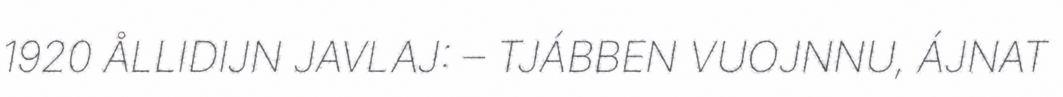
1920 ÅLLIDIJN JAVLAJ: – TJÁBBEN VUOJNNU, ÁJNAT